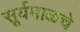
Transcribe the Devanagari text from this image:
सूर्यमाळचे